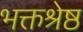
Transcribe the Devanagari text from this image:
भक्तश्रेष्ठ